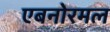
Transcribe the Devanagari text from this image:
एबनोरमल